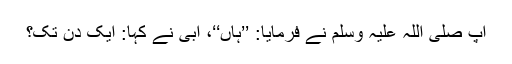
آپ صلی اللہ علیہ وسلم نے فرمایا: ’’ہاں‘‘، ابی نے کہا: ایک دن تک؟